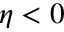
\eta < 0